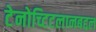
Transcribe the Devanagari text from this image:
टेनोच्टिटलानबद्दल